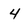
Character: 4